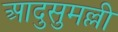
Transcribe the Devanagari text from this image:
आदुसुमल्ली